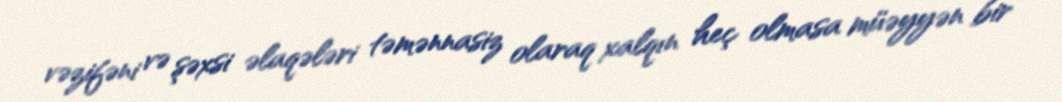
vəzifəni və şəxsi əlaqələri təmənnasiz olaraq xalqın heç olmasa müəyyən bir